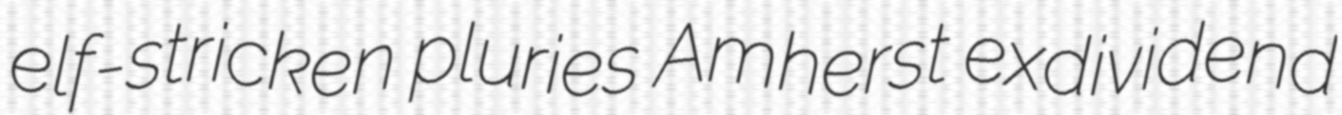
elf-stricken pluries Amherst exdividend